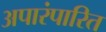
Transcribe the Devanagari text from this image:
अपारंपारित